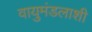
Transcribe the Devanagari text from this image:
वायुमंडलाशी